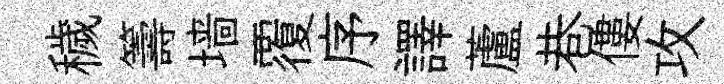
穢籌墙覆序譯蘆巷僂攻